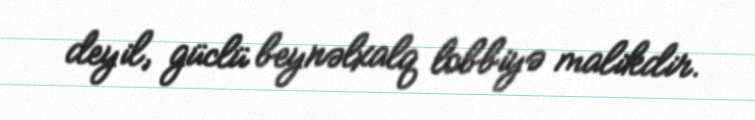
deyil, güclü beynəlxalq lobbiyə malikdir.